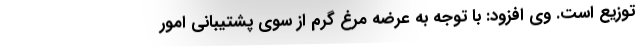
توزیع است. وی افزود: با توجه به عرضه مرغ گرم از سوی پشتیبانی امور